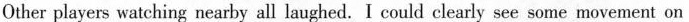
Other players watching nearby all laughed. I could clearly see some movement on